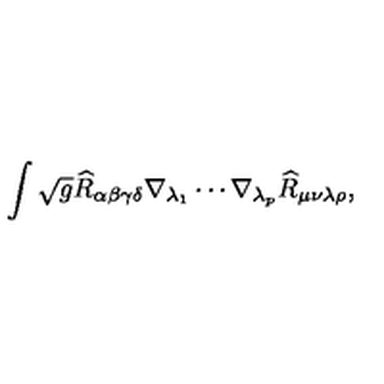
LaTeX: \int \sqrt { g } \widehat { R } _ { \alpha \beta \gamma \delta } \nabla _ { \lambda _ { 1 } } \cdots \nabla _ { \lambda _ { p } } \widehat { R } _ { \mu \nu \lambda \rho } ,